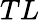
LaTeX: TL